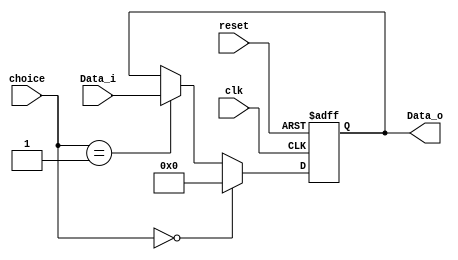
`timescale 1ns / 1ps

module RegTemp
#(parameter SIZE = 32)
(reset, clk, choice, Data_i, Data_o);
    input reset;
    input clk;
	input [1:0] choice;
    input [SIZE-1:0] Data_i;
    output [SIZE-1:0] Data_o;
	
	(* max_fanout="80" *)reg [SIZE-1:0] Data_o;
    
    always@(posedge reset or posedge clk) begin
        if (reset) begin
            Data_o <= 0;
        end else begin
			if(choice==2'b00) begin
				Data_o <= 0;
			end
			else if(choice==2'b01) begin
				Data_o <= Data_i;
			end
			else begin
				Data_o <= Data_o;
			end
        end
    end
endmodule